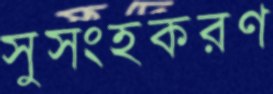
সুসংহকরণ